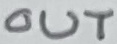
Text: OUT